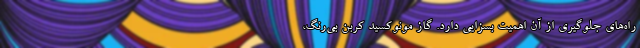
راه‌های جلوگیری از آن اهمیت بسزایی دارد. گاز مونوکسید کربن بی‌رنگ،